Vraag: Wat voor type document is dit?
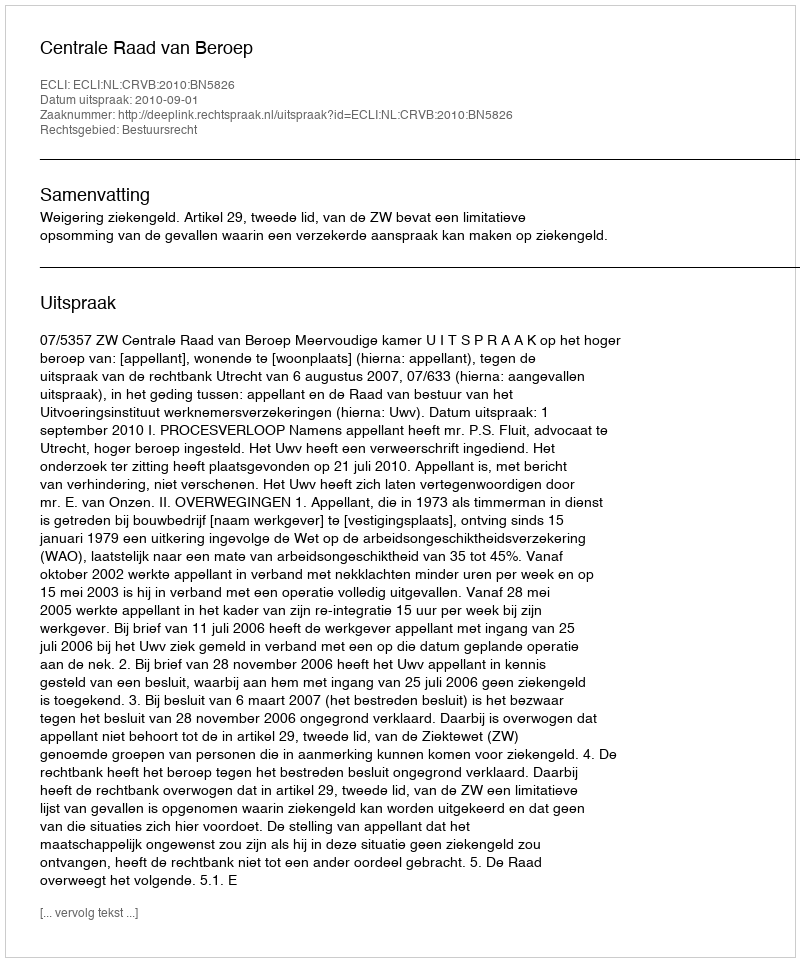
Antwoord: Uitspraak